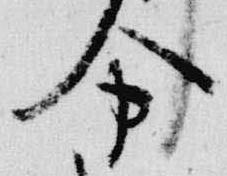
分